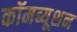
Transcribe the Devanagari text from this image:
कॉमब्यूशन